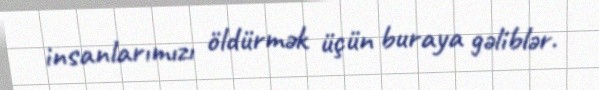
insanlarımızı öldürmək üçün buraya gəliblər.